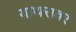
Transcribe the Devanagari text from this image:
याथरावर